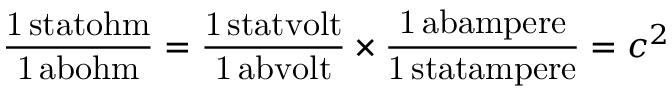
\mathrm { \frac { 1 \, s t a t o h m } { 1 \, a b o h m } } = \mathrm { \frac { 1 \, s t a t v o l t } { 1 \, a b v o l t } } \times \mathrm { \frac { 1 \, a b a m p e r e } { 1 \, s t a t a m p e r e } } = c ^ { 2 }